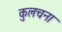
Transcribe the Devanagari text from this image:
कुलचना